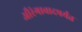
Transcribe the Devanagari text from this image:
औरंगाबादपर्यंत